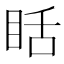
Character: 䀨